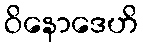
ဝိနောဒေဟိ